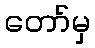
တော်မှ